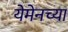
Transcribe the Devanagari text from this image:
येमेनच्या